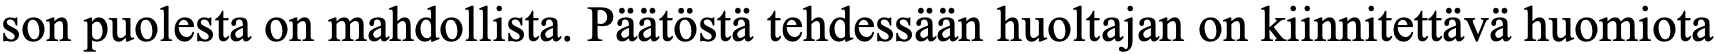
son puolesta on mahdollista. Päätöstä tehdessään huoltajan on kiinnitettävä huomiota